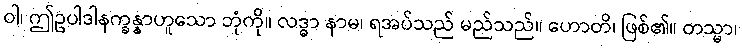
ဝါ၊ ဤဥပါဒါနက္ခန္နာဟူသော ဘုံကို။ လဒ္ဓာ နာမ၊ ရအပ်သည် မည်သည်။ ဟောတိ၊ ဖြစ်၏။ တသ္မာ၊